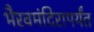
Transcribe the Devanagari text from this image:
भैरवमंदिरापर्यंत